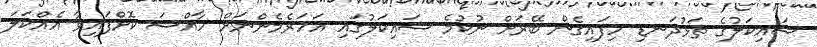
ސައިކަލުގެ ތަޅުދަނޑި ހިފައިގެން ބޭރަށް ނުކުމެ ސައިކަލުގައި އަހަރެމެންނަށް ހާއްސަ ކޮށްފައިވާ އެއްކަލަ